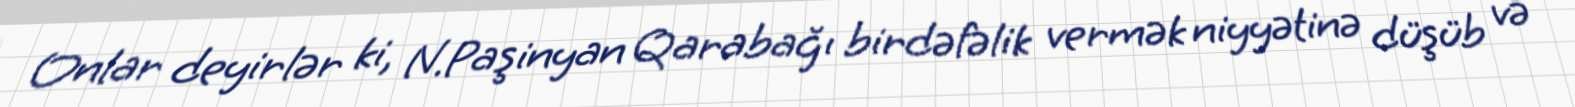
Onlar deyirlər ki, N.Paşinyan Qarabağı birdəfəlik vermək niyyətinə düşüb və